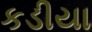
કડીયા